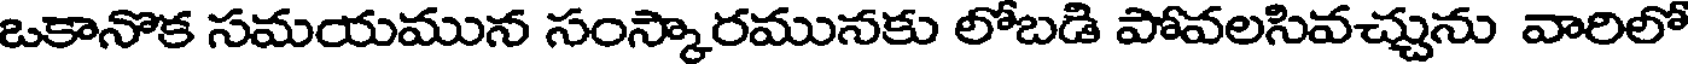
ఒకానొక సమయమున సంస్కారమునకు లోబడి పోవలసివచ్చును వారిలో